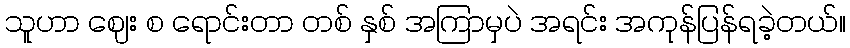
သူဟာ ဈေး စ ရောင်းတာ တစ် နှစ် အကြာမှပဲ အရင်း အကုန်ပြန်ရခဲ့တယ်။